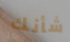
شأنك